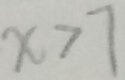
x > 7